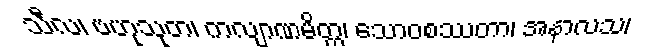
သီလ၊ ဗဟုသုတ၊ ကလျာဏမိတ္တ၊ သောဝစဿတာ၊ အနာလသ၊